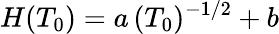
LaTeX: H(T_{0})=a\, (T_{0})^{-1/2}+b